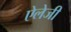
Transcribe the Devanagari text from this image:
ऐलेजी